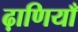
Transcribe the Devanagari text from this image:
ढ़ाणियाँ